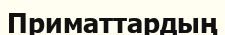
Приматтардың